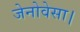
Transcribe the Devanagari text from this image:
जेनोवेसा।